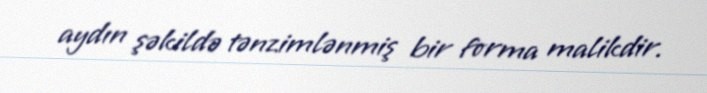
aydın şəkildə tənzimlənmiş bir forma malikdir.